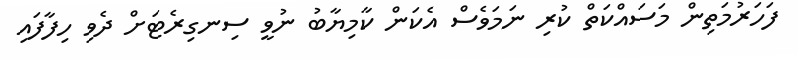
ފަހަރުމަތިން މަސައްކަތް ކުރި ނަމަވެސް އެކަން ކާމިޔާބު ނުވީ ސިނގިރެޓަށް ދެވި ހިފާފައި